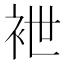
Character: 袣